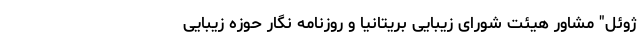
ژوئل" مشاور هیئت شورای زیبایی بریتانیا و روزنامه نگار حوزه زیبایی